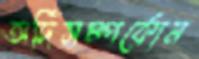
অর্দিসম্পর্কোন